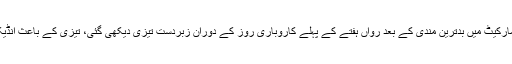
تفصیلات کے مطابق گزشتہ ہفتے پاکستان سٹاک مارکیٹ میں بدترین مندی کے بعد رواں ہفتے کے پہلے کاروباری روز کے دوران زبردست تیزی دیکھی گئی، تیزی کے باعث انڈیکس میں 1312 پوائنٹس کی بڑھوتری دیکھی گئی۔